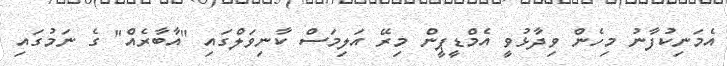
އެމަނިކުފާނު މިހެން ވިދާޅުވީ އެމްޑީޕީން މިރޭ އަލިމަސް ކާނިވަލްގައި "އާބާރެއް" ގެ ނަމުގައި